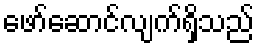
ဖော်ဆောင်လျက်ရှိသည်